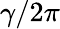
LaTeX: \gamma/2\pi